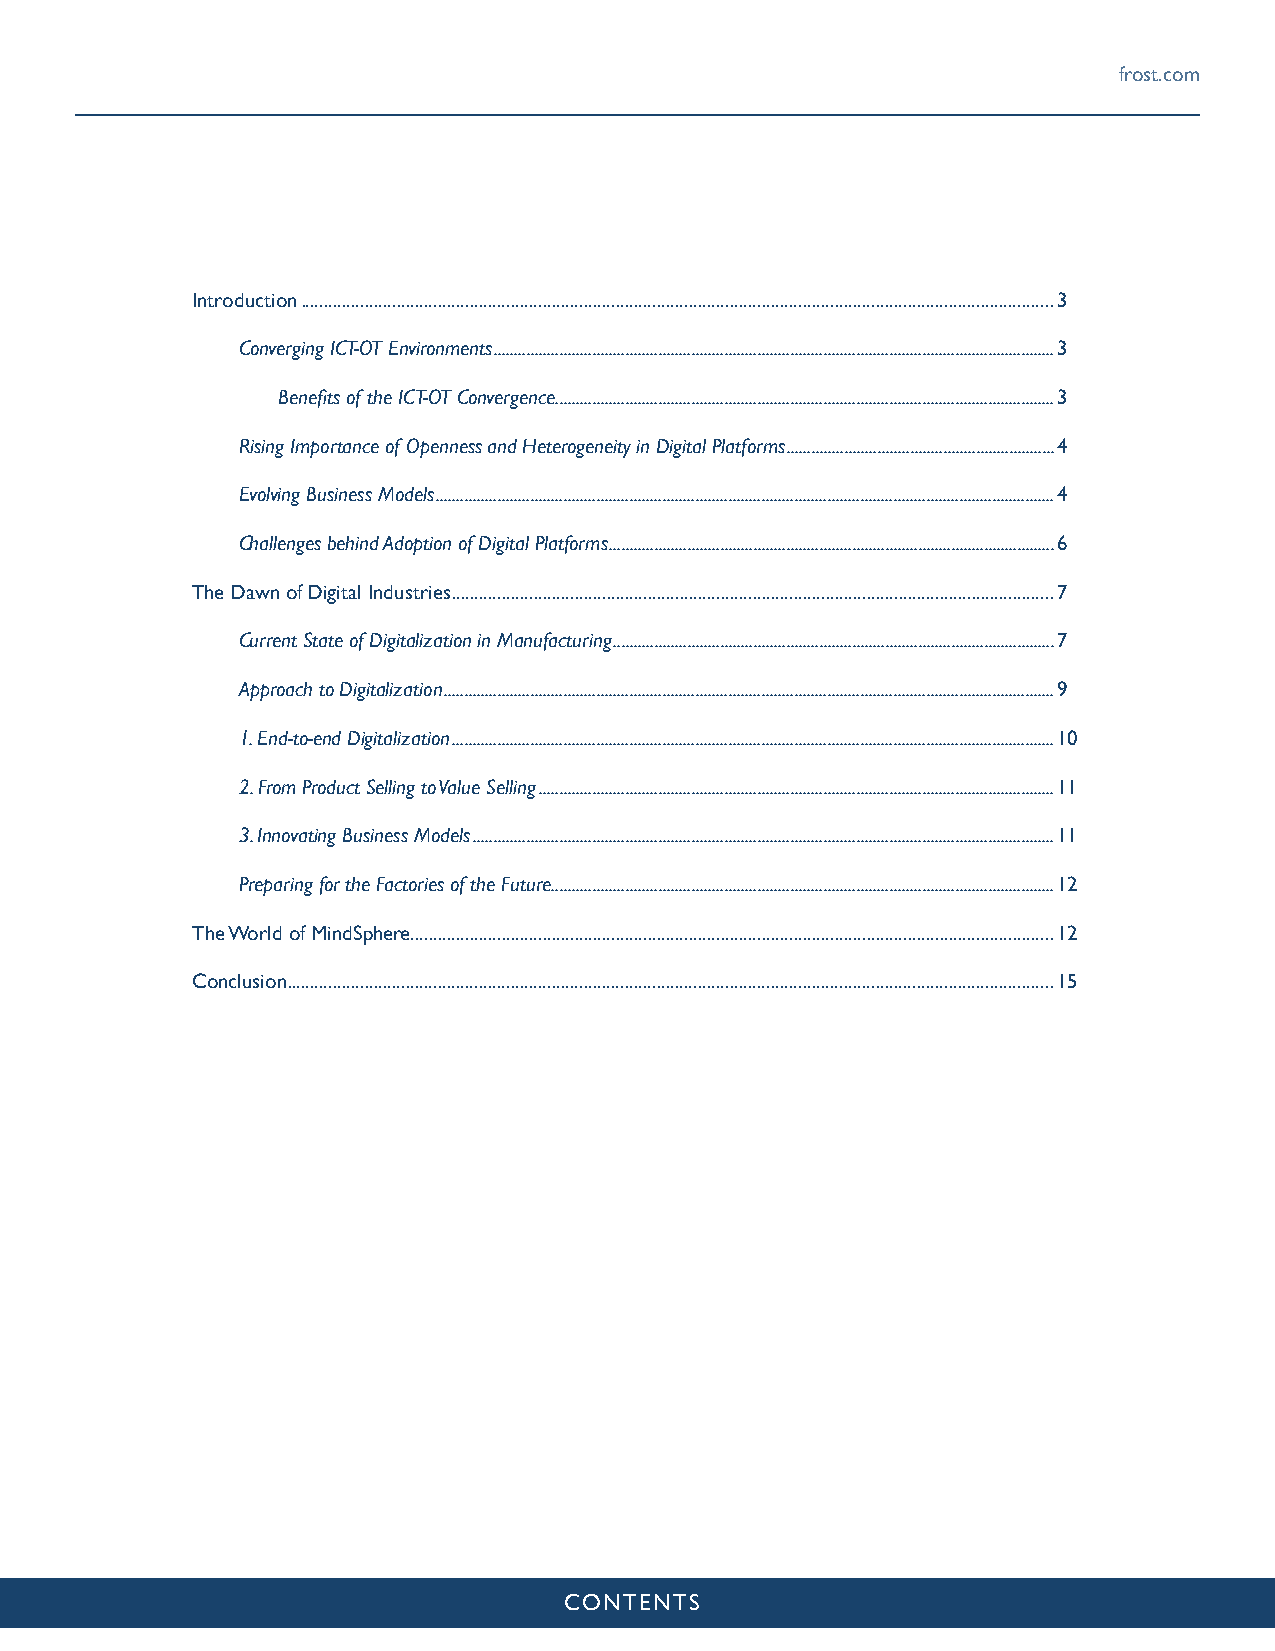
frost.com
 Introduction .....................................................................................................................................................................3
 Converging ICT-OT Environments ........................................................................................................................................3
 Benefits of the ICT-OT Convergence .........................................................................................................................3
 Rising Importance of Openness and Heterogeneity in Digital Platforms .................................................................4
 Evolving Business Models ......................................................................................................................................................4
 Challenges behind Adoption of Digital Platforms ............................................................................................................6
 The Dawn of Digital Industries ....................................................................................................................................7
 Current State of Digitalization in Manufacturing ...........................................................................................................7
 Approach to Digitalization ....................................................................................................................................................9
 1. End-to-end Digitalization ..................................................................................................................................................10
 2. From Product Selling to Value Selling .............................................................................................................................11
 3. Innovating Business Models .............................................................................................................................................11
 Preparing for the Factories of the Future ..........................................................................................................................12
 The World of MindSphere.............................................................................................................................................12
 Conclusion ........................................................................................................................................................................15
 CONTENTS